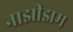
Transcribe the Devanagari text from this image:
नाझीझम